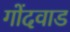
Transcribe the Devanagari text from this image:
गोंदवाड